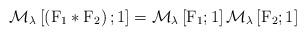
LaTeX: \begin{align*}\mathcal{M}_{{\lambda}}\left[\left(\mathrm{F}_1\ast\mathrm{F}_2\right);1\right]= \mathcal{M}_{{\lambda}}\left[\mathrm{F}_1;1\right]\mathcal{M}_{{\lambda}}\left[ \mathrm{F}_2;1\right]\end{align*}